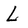
Character: L